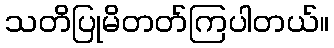
သတိပြုမိတတ်ကြပါတယ်။